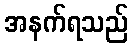
အနက်ရသည်